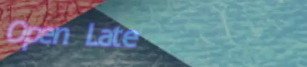
Open Late